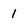
Character: 1